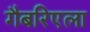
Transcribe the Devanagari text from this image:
गैबरिएला